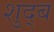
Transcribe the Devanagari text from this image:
शुद्ब